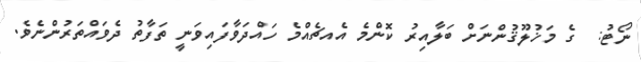
ނޯޓު:  ގެ މަޚުލޫޤުންނަށް ބަލާއިރު ކޮންމެ އެއޗެއްމެ ހައްދަވާފައިވަނީ ތަފާތު ދެވައްތަރުންނެވެ.